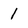
Character: 1